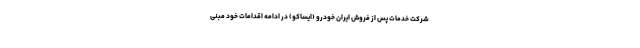
شرکت خدمات پس از فروش ایران خودرو (ایساکو) در ادامه اقدامات خود مبنی